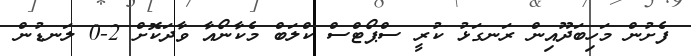
ފެށުން މަހިބަދޫއިން ރަނގަޅު ކުރީ ސްޕޯޓްސް ކްލަބް މެކާނޯއާ ވާދަކޮށް 2-0 ލަނޑުން